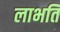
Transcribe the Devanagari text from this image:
लाभति